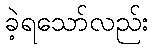
ခဲ့ရသော်လည်း